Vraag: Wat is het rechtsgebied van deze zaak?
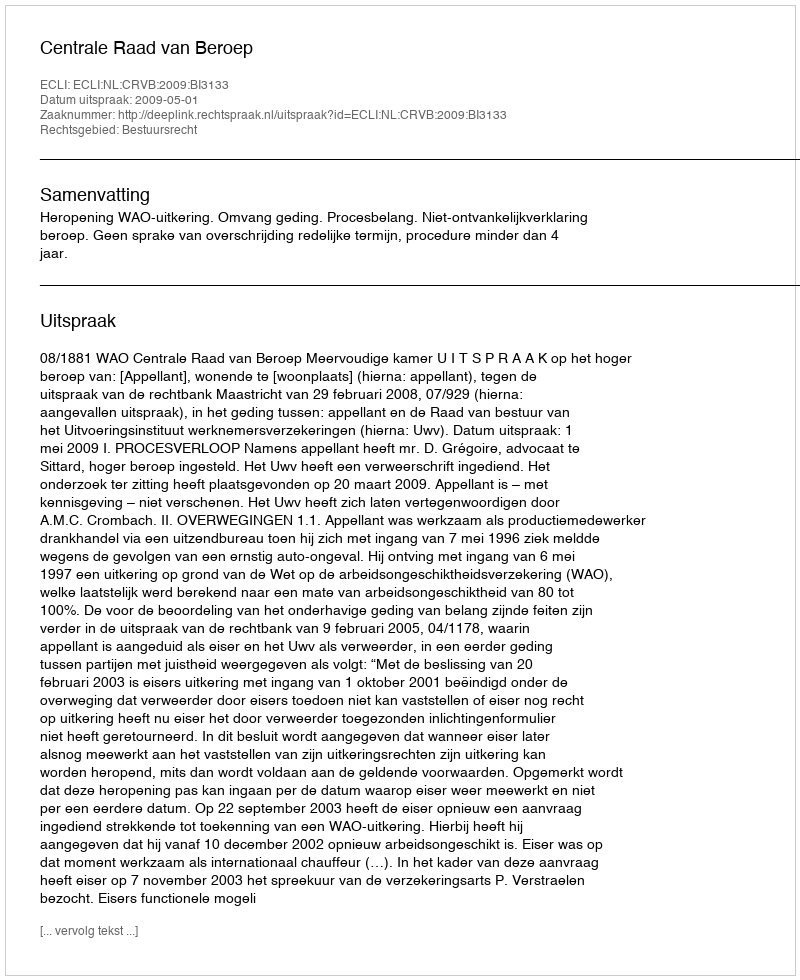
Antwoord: Bestuursrecht